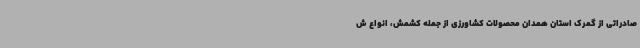
صادراتی از گمرک استان همدان محصولات کشاورزی از جمله کشمش، انواع ش